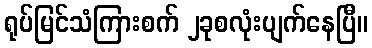
ရုပ်မြင်သံကြားစက် ၂ခုစလုံးပျက်နေပြီ။